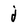
Character: j